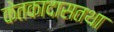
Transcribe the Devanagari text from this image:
केतकादासतथा